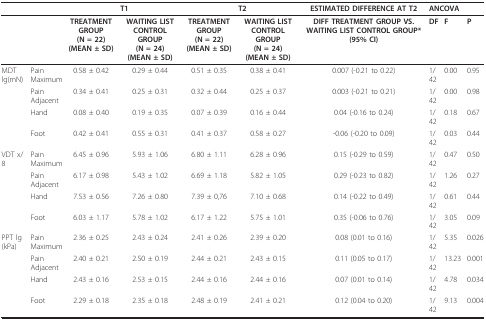
<table><thead><tr><td></td><td></td><td colspan="2"><b>T1</b></td><td colspan="2"><b>T2</b></td><td><b>ESTIMATED DIFFERENCE AT T2</b></td><td colspan="3"><b>ANCOVA</b></td></tr></thead><tbody><tr><td></td><td></td><td><b>TREATMENT GROUP</b><b>(N = 22)</b><b>(MEAN ± SD)</b></td><td><b>WAITING LIST CONTROL GROUP</b><b>(N = 24)</b><b>(MEAN ± SD)</b></td><td><b>TREATMENT GROUP</b><b>(N = 22)</b><b>(MEAN ± SD)</b></td><td><b>WAITING LIST CONTROL GROUP</b><b>(N = 24)</b><b>(MEAN ± SD)</b></td><td><b>DIFF TREATMENT GROUP VS. WAITING LIST CONTROL GROUP*</b><b>(95% CI)</b></td><td><b>DF</b></td><td><b>F</b></td><td><b>P</b></td></tr><tr><td>MDT lg(mN)</td><td>Pain Maximum</td><td>0.58 ± 0.42</td><td>0.29 ± 0.44</td><td>0.51 ± 0.35</td><td>0.38 ± 0.41</td><td>0.007 (-0.21 to 0.22)</td><td>1/42</td><td>0.00</td><td>0.95</td></tr><tr><td></td><td>Pain Adjacent</td><td>0.34 ± 0.41</td><td>0.25 ± 0.31</td><td>0.32 ± 0.44</td><td>0.25 ± 0.37</td><td>0.003 (-0.21 to 0.21)</td><td>1/42</td><td>0.00</td><td>0.98</td></tr><tr><td></td><td>Hand</td><td>0.08 ± 0.40</td><td>0.19 ± 0.35</td><td>0.07 ± 0.39</td><td>0.16 ± 0.44</td><td>0.04 (-0.16 to 0.24)</td><td>1/42</td><td>0.18</td><td>0.67</td></tr><tr><td></td><td>Foot</td><td>0.42 ± 0.41</td><td>0.55 ± 0.31</td><td>0.41 ± 0.37</td><td>0.58 ± 0.27</td><td>-0.06 (-0.20 to 0.09)</td><td>1/42</td><td>0.03</td><td>0.44</td></tr><tr><td>VDT x/8</td><td>Pain Maximum</td><td>6.45 ± 0.96</td><td>5.93 ± 1.06</td><td>6.80 ± 1.11</td><td>6.28 ± 0.96</td><td>0.15 (-0.29 to 0.59)</td><td>1/42</td><td>0.47</td><td>0.50</td></tr><tr><td></td><td>Pain Adjacent</td><td>6.17 ± 0.98</td><td>5.43 ± 1.02</td><td>6.69 ± 1.18</td><td>5.82 ± 1.05</td><td>0.29 (-0.23 to 0.82)</td><td>1/42</td><td>1.26</td><td>0.27</td></tr><tr><td></td><td>Hand</td><td>7.53 ± 0.56</td><td>7.26 ± 0.80</td><td>7.39 ± 0,76</td><td>7.10 ± 0.68</td><td>0.14 (-0.22 to 0.49)</td><td>1/42</td><td>0.61</td><td>0.44</td></tr><tr><td></td><td>Foot</td><td>6.03 ± 1.17</td><td>5.78 ± 1.02</td><td>6.17 ± 1.22</td><td>5.75 ± 1.01</td><td>0.35 (-0.06 to 0.76)</td><td>1/42</td><td>3.05</td><td>0.09</td></tr><tr><td>PPT lg(kPa)</td><td>Pain Maximum</td><td>2.36 ± 0.25</td><td>2.43 ± 0.24</td><td>2.41 ± 0.26</td><td>2.39 ± 0.20</td><td>0.08 (0.01 to 0.16)</td><td>1/42</td><td>5.35</td><td>0.026</td></tr><tr><td></td><td>Pain Adjacent</td><td>2.40 ± 0.21</td><td>2.50 ± 0.19</td><td>2.44 ± 0.21</td><td>2.43 ± 0.15</td><td>0.11 (0.05 to 0.17)</td><td>1/42</td><td>13.23</td><td>0.001</td></tr><tr><td></td><td>Hand</td><td>2.43 ± 0.16</td><td>2.53 ± 0.15</td><td>2.44 ± 0.16</td><td>2.44 ± 0.16</td><td>0.07 (0.01 to 0.14)</td><td>1/42</td><td>4.78</td><td>0.034</td></tr><tr><td></td><td>Foot</td><td>2.29 ± 0.18</td><td>2.35 ± 0.18</td><td>2.48 ± 0.19</td><td>2.41 ± 0.21</td><td>0.12 (0.04 to 0.20)</td><td>1/42</td><td>9.13</td><td>0.004</td></tr></tbody></table>